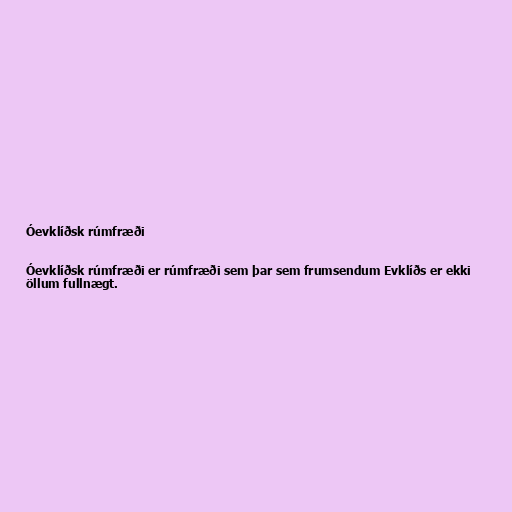
Óevklíðsk rúmfræði

Óevklíðsk rúmfræði er rúmfræði sem þar sem frumsendum Evklíðs er ekki
öllum fullnægt.